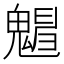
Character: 𩴋